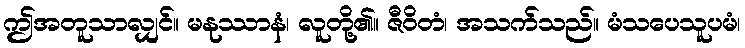
ဤအတူသာလျှင်။ မနုဿာနံ၊ လူတို့၏။ ဇီဝိတံ၊ အသက်သည်။ မံသပေသူပမံ၊